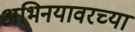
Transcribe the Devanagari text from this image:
अभिनयावरच्या